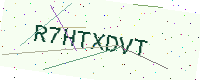
Text: R7HTXDVT